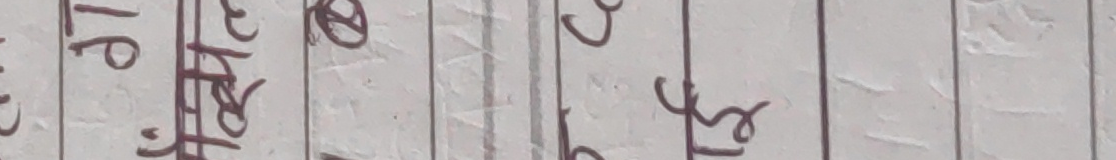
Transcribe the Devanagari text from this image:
प
१
र्ख
र्त
र्क
र्स
१
२